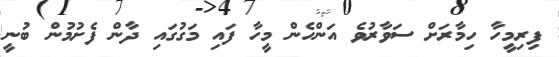
ފިރިމީހާ ހިމާރަށް ސަވާރުވެ އަންހެން މީހާ ފައި މަގުގައި ދާން ފެށުމުން ބުނީ